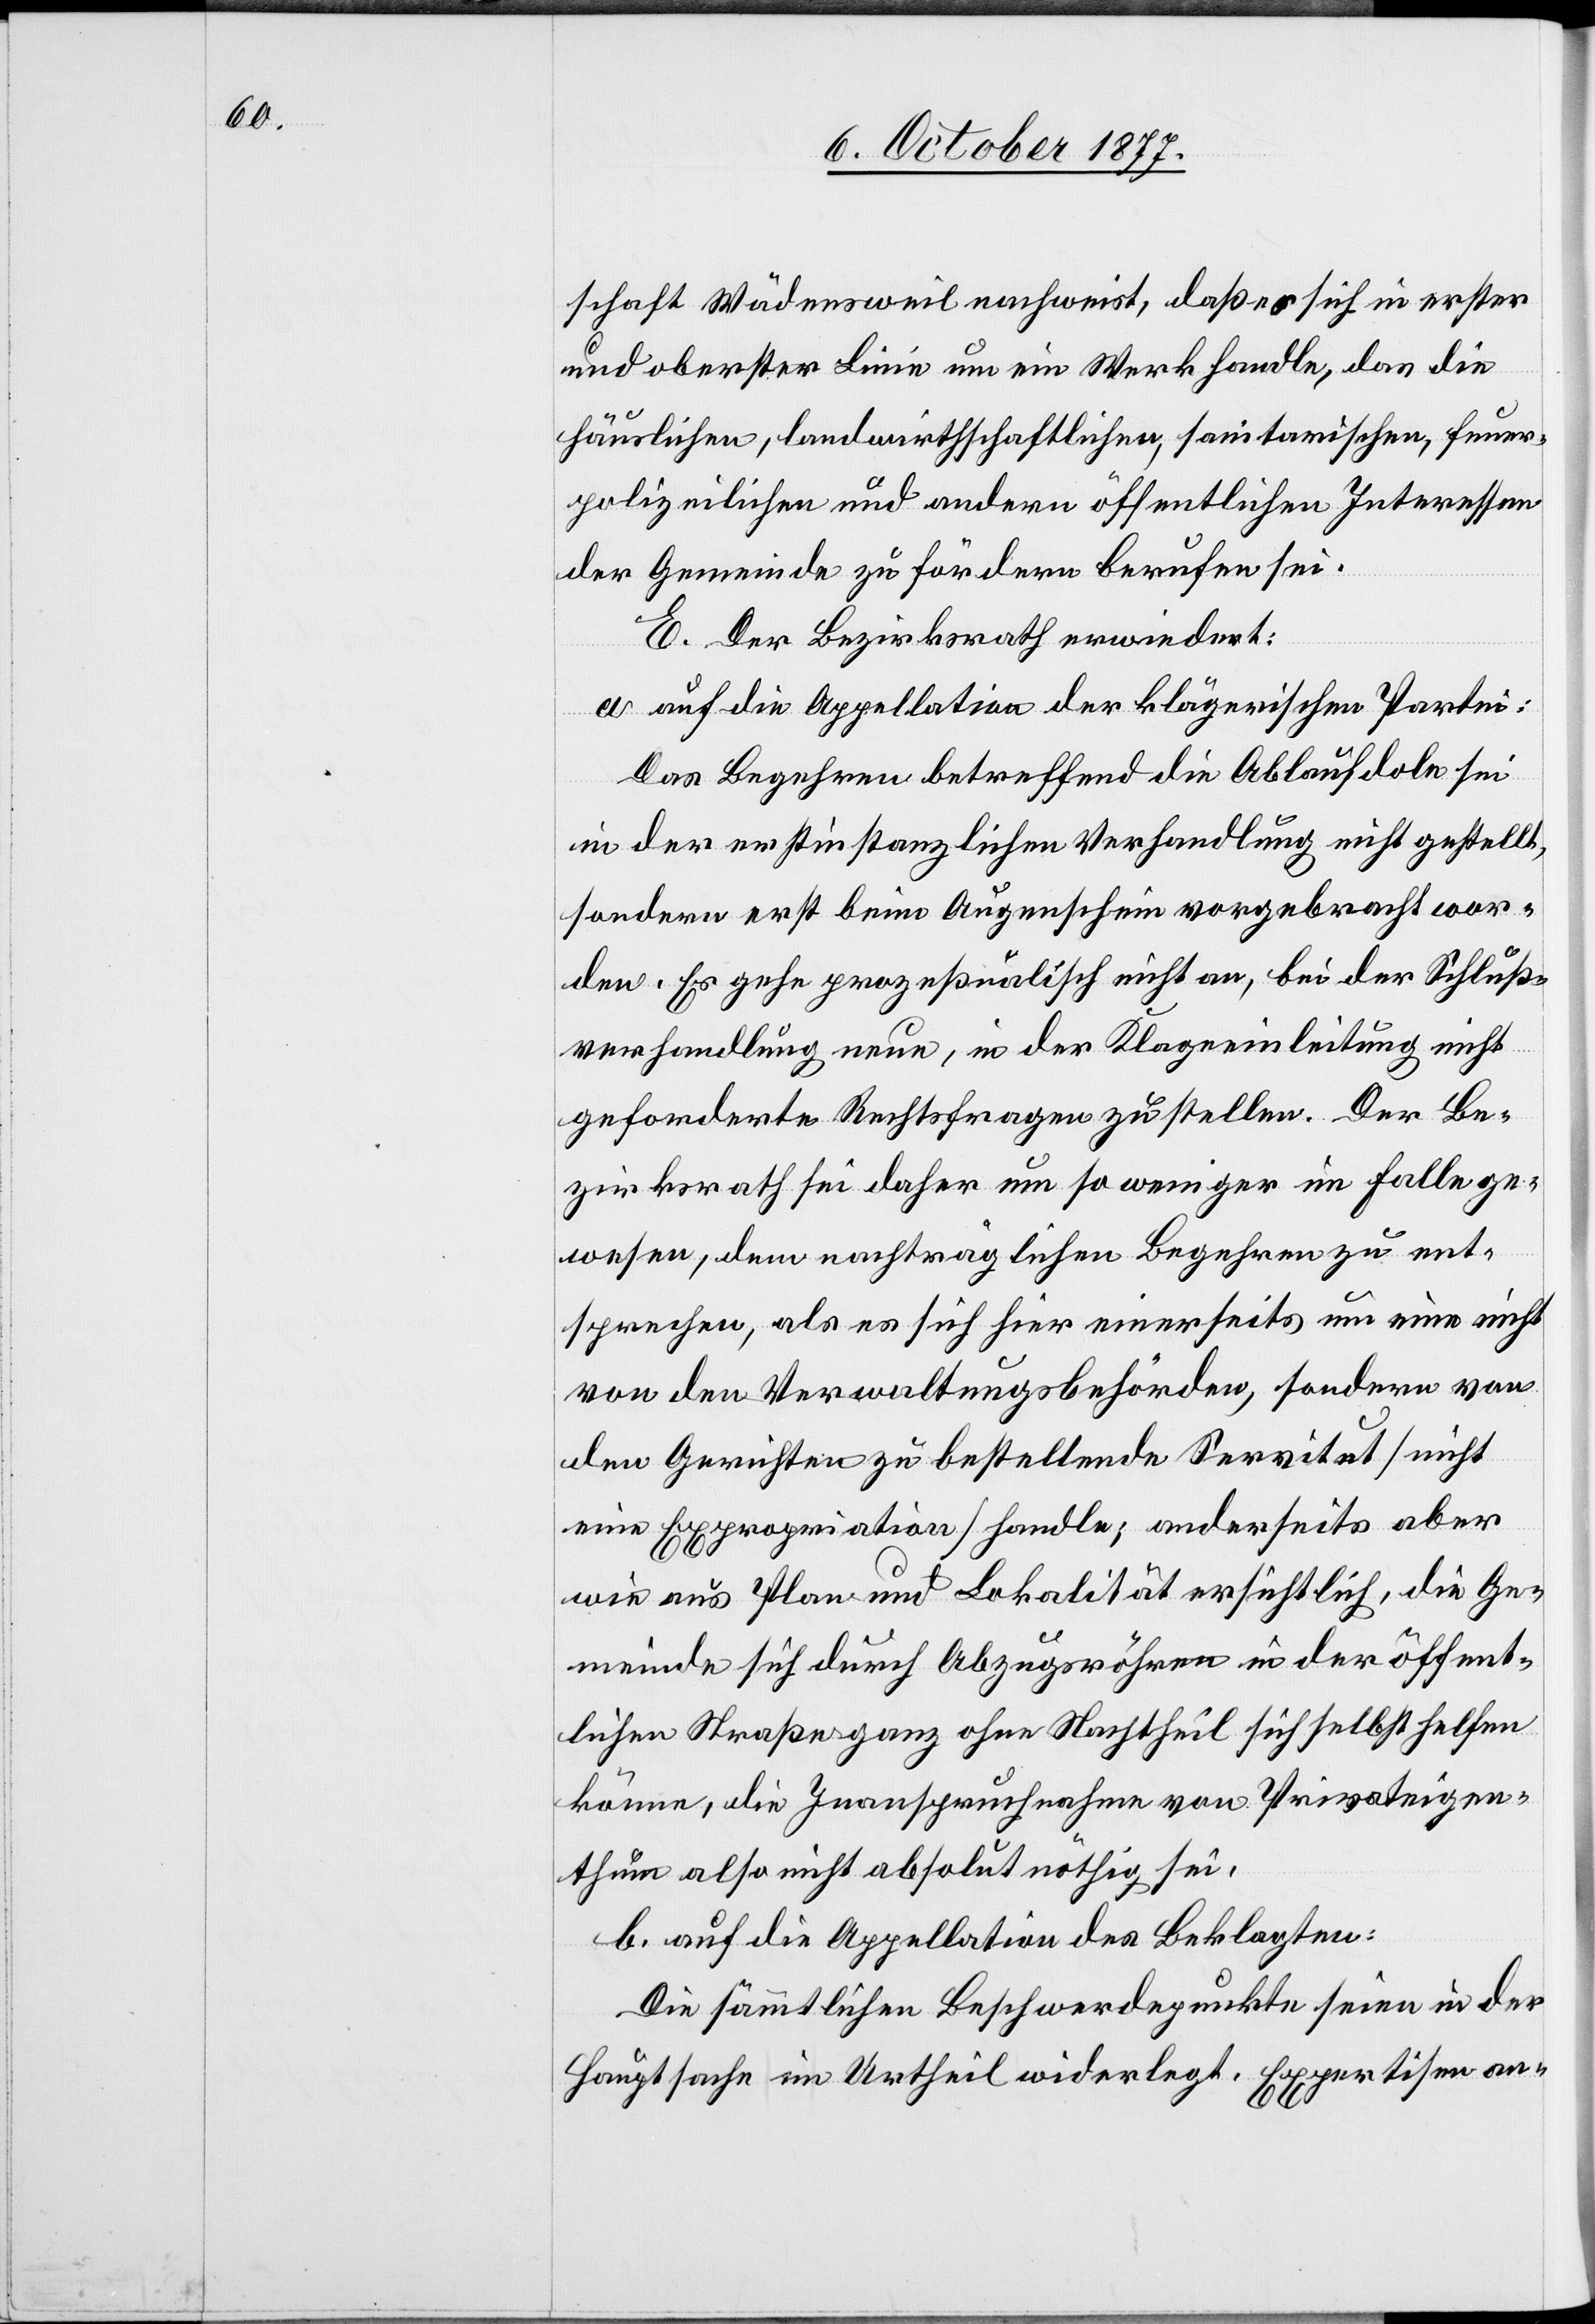
schaft Wädensweil nachweist, daß es sich in erster
und oberster Linie um ein Werk handle, das die
häuslichen, landwirthschaftlichen, sanitarischen, feuer¬
polizeilichen und andern öffentlichen Interessen
der Gemeinde zu fördern berufen sei.
E. Der Bezirksrath erwiedert:
a. auf die Appellation der klägerischen Partei:
Das Begehren betreffend die Ablaufdole sei
in der erstinstanzlichen Verhandlung nicht gestellt,
sondern erst beim Augenschein vorgebracht wor¬
den. Es gehe prozeßualisch nicht an, bei der Schluß¬
verhandlung neue, in der Klageeinleitung nicht
geforderte Rechtsfragen zu stellen. Der Be¬
zirksrath sei daher um so weniger im Falle ge¬
wesen, dem nachträglichen Begehren zu ent¬
sprechen, als es sich hier einerseits um eine nicht
von den Verwaltungsbehörden, sondern von
den Gerichten zu bestellende Servitut [nicht
eine Expropriation] handle; anderseits aber
wie aus Plan und Lokalität ersichtlich, die Ge¬
meinde sich durch Abzugsröhren in der öffent¬
lichen Straße ganz ohne Nachtheil sich [sic!] selbst helfen
könne, die Inanspruchnahme von Privateigen¬
thum also nicht absolut nöthig sei.
b. auf die Appellation des Beklagten:
Die sämmtlichen Beschwerdepunkte seien in der
Hauptsache im Urtheil widerlegt. Expertisen an-